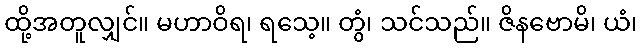
ထို့အတူလျှင်။ မဟာဝိရ၊ ရသေ့။ တွံ၊ သင်သည်။ ဇိနဗောမိ၊ ယံ၊